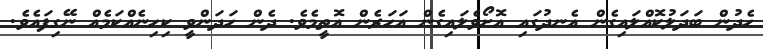
ހެދުން ބަދަލުކޮއްލައިގެން އެނދުގައި އޮށޯވެލައިގެން އަހަރެން އޮތީމެވެ. ދެން ހަދަންވީ ކިހިނެއްކަމެއް ނޭގިފައެވެ.